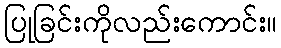
ပြုခြင်းကိုလည်းကောင်း။